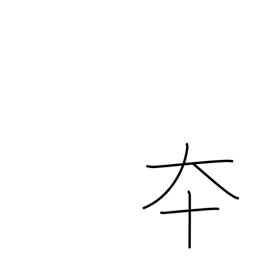
Meaning: advance quickly